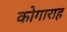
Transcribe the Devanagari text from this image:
कोगाराह